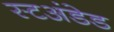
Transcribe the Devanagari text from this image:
स्टअंडेड